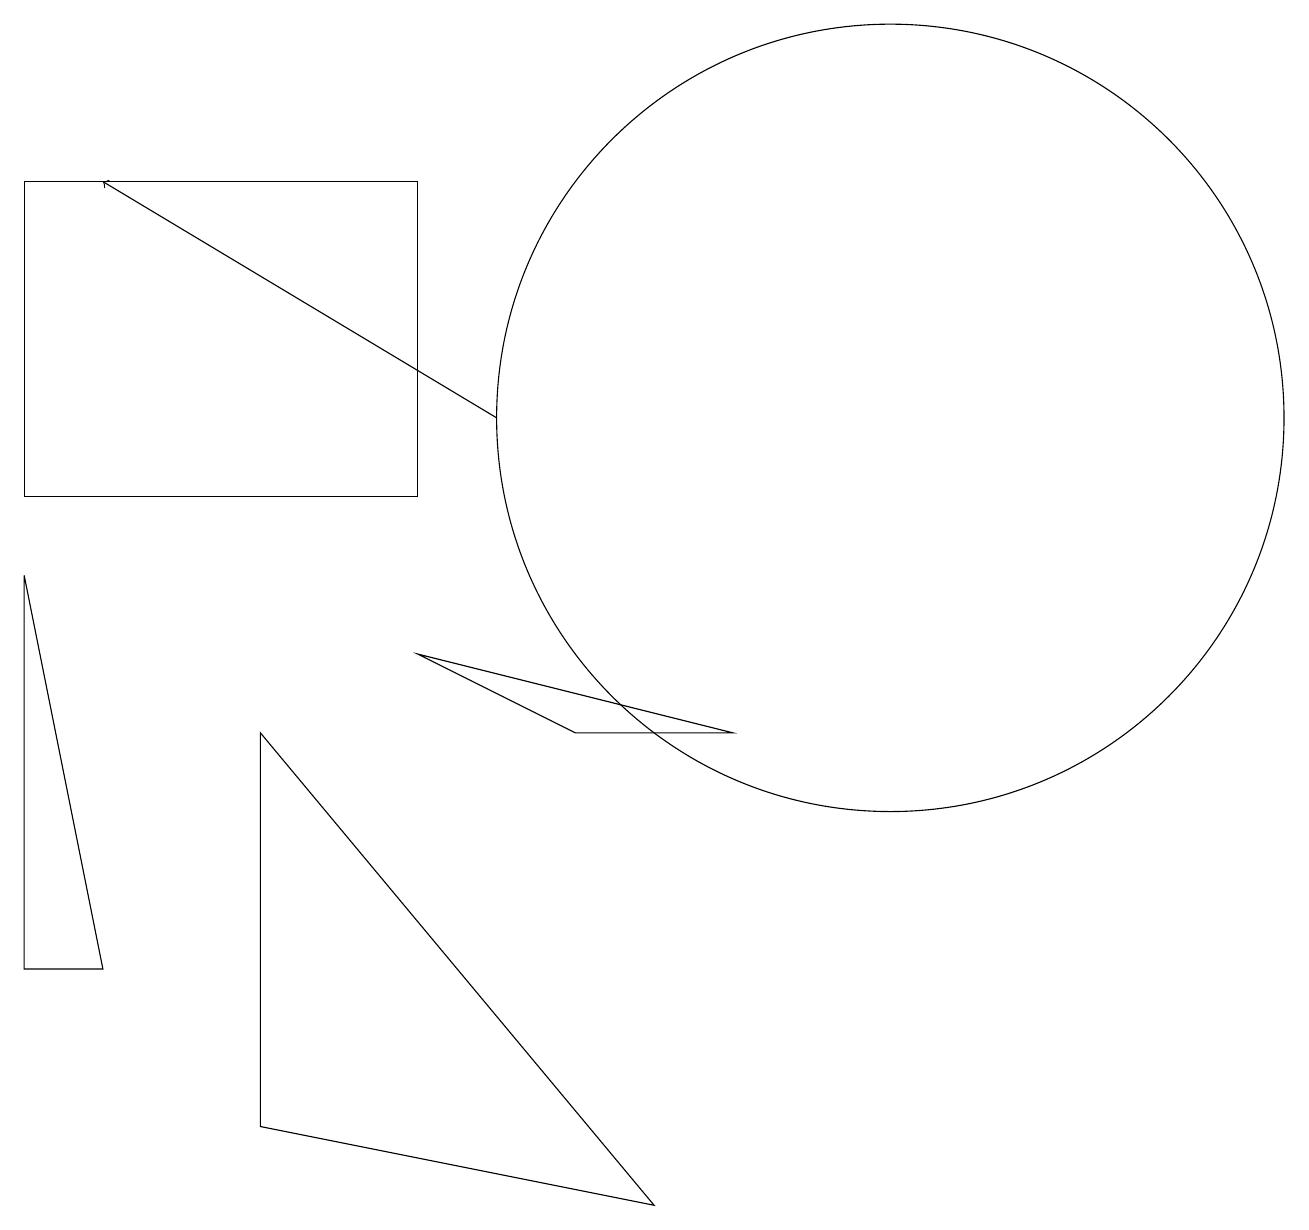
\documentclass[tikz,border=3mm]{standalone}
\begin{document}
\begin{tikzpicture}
\draw (3,2) -- (8,1) -- (3,7) -- cycle;
\draw (5,8) -- (7,7) -- (9,7) -- cycle;
\draw[->] (6,11) -- (1,14);
\draw (5,14) rectangle (0,10);
\draw (11,11) circle (5);
\draw (0,4) -- (1,4) -- (0,9) -- cycle;
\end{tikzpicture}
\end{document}